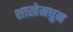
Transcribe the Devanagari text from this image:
शाखेमधुन